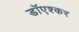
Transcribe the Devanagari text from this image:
डाॅएश्कर